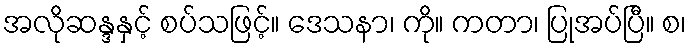
အလိုဆန္ဒနှင့် စပ်သဖြင့်။ ဒေသနာ၊ ကို။ ကတာ၊ ပြုအပ်ပြီ။ စ၊